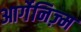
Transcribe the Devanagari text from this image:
आर्गेनिज़्म